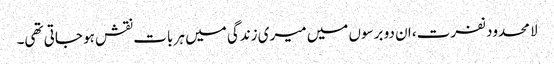
لا محدود نفرت، ان دو برسوں میں میری زندگی میں ہر بات نقش ہو جاتی تھی۔